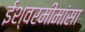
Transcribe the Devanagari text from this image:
ईश्वरमीमांसा